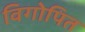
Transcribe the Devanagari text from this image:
विगोपित